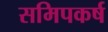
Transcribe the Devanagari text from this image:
समिपकर्ष